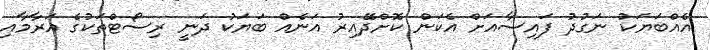
އެއްބަޔަކު ނަގުދު ފައިސާއަށް އެކަން ކޮށްދޭއިރު އަނެއް ބަޔަކު ދަނީ ރިސޯޓްތަކުގެ އަރާމާއި